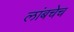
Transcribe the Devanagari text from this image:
लांबचेच